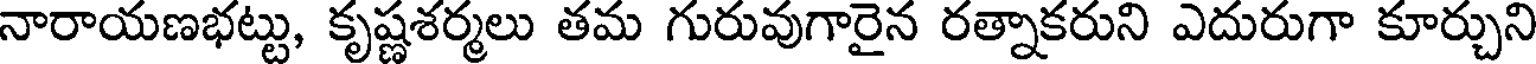
నారాయణభట్టు, కృష్ణశర్మలు తమ గురువుగారైన రత్నాకరుని ఎదురుగా కూర్చుని